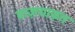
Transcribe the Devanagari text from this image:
बाज़याफ़त